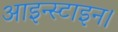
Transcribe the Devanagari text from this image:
आइन्स्टाइन।